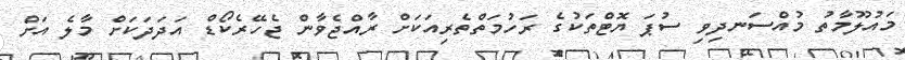
މައުލޫމާތު މުއްސަނދިވި ސުޕަ ޔޮޓްތަކުގެ ރަހުމަތްތެރިއަކަށް ރާއްޖެވާން ޖެހޭރެކޯޑް އަދަދަކަށް މާލެ އަށް